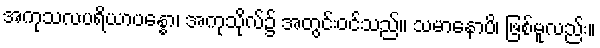
အကုသလပရိယာပန္နော၊ အကုသိုလ်၌ အတွင်းဝင်သည်။ သမာနောပိ၊ ဖြစ်မူလည်း။